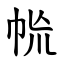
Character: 㡃